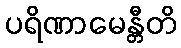
ပရိဏာမေန္တီတိ